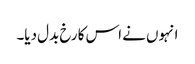
انہوں نے اس کا رخ بدل دیا۔